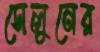
সেলুনের